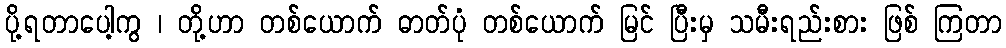
ပို့ရတာပေါ့ကွ ၊ တို့ဟာ တစ်ယောက် ဓာတ်ပုံ တစ်ယောက် မြင် ပြီးမှ သမီးရည်းစား ဖြစ် ကြတာ